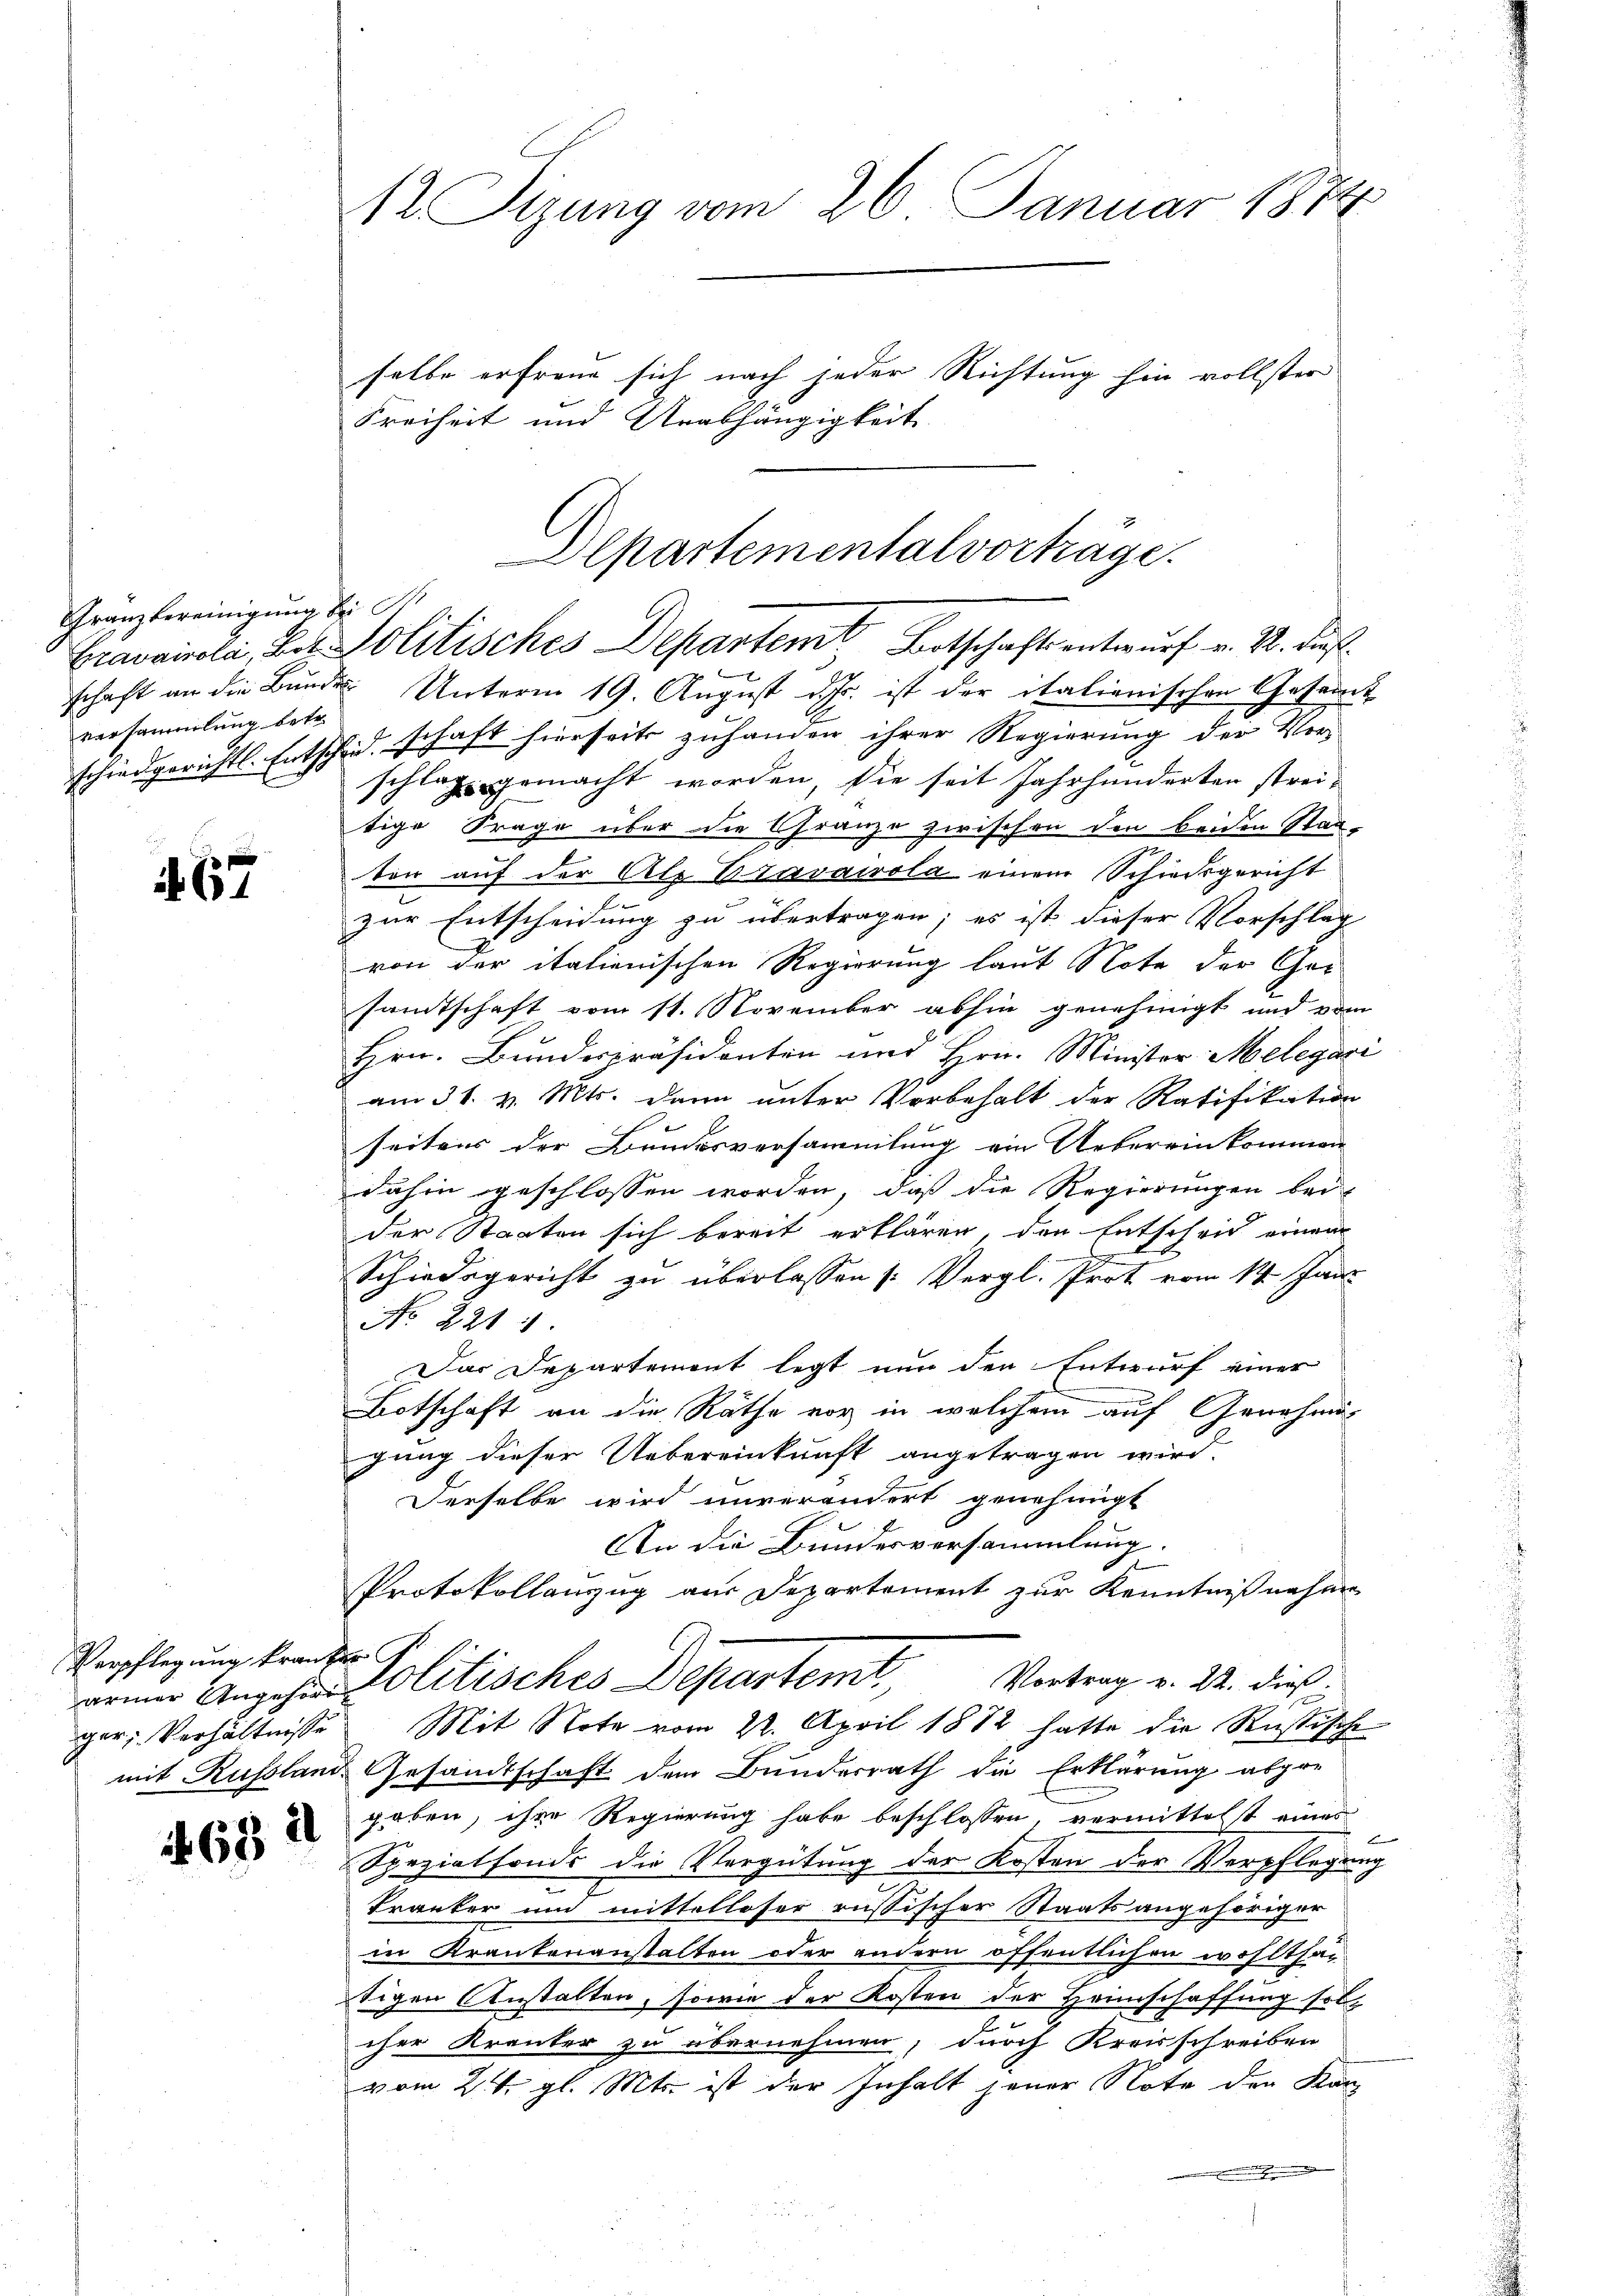
Franz bereinigung bei
versammlung betr.

. 67

Verpflegung kranken

1

2
63

12 Tizung vom 26. Januar 1874

selbe erfreue sich nach jeder Richtung hin vollster
Freiheit und Unabhängigkeit
schaft an die Bundes Unterm 19. August d. Js. ist der italienischen Gesamt
schiedgerichtl. Entschidschaft hierseits zuhanden ihrer Regierung der Ver-
schlag gemacht worden, sie seit Jahrhunderten streitige Frage über die Gränze zwischen den beiden Staaton auf der Ale Bravawrola einem Schiedsgericht
zur Entscheidung zu übertragen; es ist dieser Vorschlag
von der italienischen Regierung laut Note der Ger
samtschaft vom 11. November abhin genehmigt und vom
Hrn. Bunderpräsidenten mit Hrn. Minister Melegari
am 31. v. Mts. dann unter Vorbehalt der Ratifikation
seitens der Bundesversammlung ein Uebereinkommen
dahin geschlossen worden, daß die Regierungen bei
der Staaten sich bereit erklären, den Entscheid einem
h
Schiedsgericht zu überlassen (: Vergl. Prot vom 14. Jani
No. 221.
Das Departement legt nun den Entwurf einer
Botschaft an die Räthe vor in welchem auf Genehmigung dieser Uebereinkunft angetragen wird.
Derselbe wird unverändert genehmigt
An die Bundesversammlung.
Protokollanzug aus Departement zur Kenntnißnahme
Vortrag v. 22. dieß.
arner Angehen Politisches Departemt
g
ger; Verhältnisse Mit Note vom 22. April 1882 hatte die Rußische
mit Russland Gesandtschaft dem Bunderrath die Erklärung abgre
geben, ihre Regierung habe beschlossen, vermittelst eines
Speziatfonds die Vergütung der Kosten der Verpflegung
Kranker und mittelloser russischer Staatsangehöriger
in Krankenanstalten oder andern öffentlichen wohlthai-
sigen Anstalten, sowie der Kosten der Heimschaffung sol
cher Krauter zu übernehmen, durch Kreisschreiben
vom 2ten gl. Mts. ist der Inhalt jener Note der Kan¬

lpartementalvorträge.
Bravaisela, Lit. Politisches Departent Botschafts entwurf v. 2. dieß